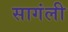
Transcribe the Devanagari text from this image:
सागंली